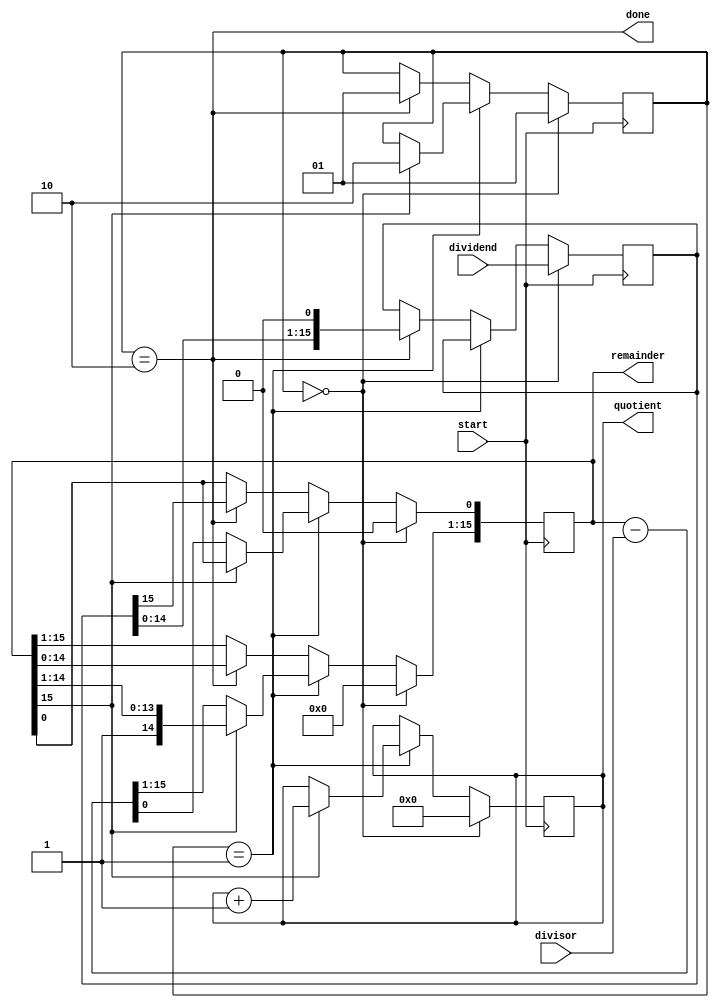
module non_restoring_divider (
    input [15:0] dividend,
    input [15:0] divisor,
    input start,
    output reg [15:0] quotient,
    output reg [15:0] remainder,
    output reg done
);

reg [15:0] dividend_reg;
reg [15:0] remainder_reg;
reg [15:0] quotient_reg;
reg [1:0] state;

always @ (posedge start) begin
    if (state == 0) begin
        dividend_reg <= dividend;
        remainder_reg <= 0;
        quotient_reg <= 0;
        state <= 1;
    end else if (state == 1) begin
        if (remainder_reg[15] == 0) begin
            remainder_reg <= remainder_reg - divisor;
        end else begin
            quotient_reg <= quotient_reg + 1;
            state <= 2;
        end
    end else if (state == 2) begin
        remainder_reg[15:1] <= remainder_reg[14:0];
        remainder_reg[0] <= dividend_reg[15];
        dividend_reg <= dividend_reg << 1;
        state <= 1;
    end
end

assign quotient = quotient_reg;
assign remainder = remainder_reg;
assign done = (state == 2);

endmodule